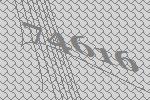
74616